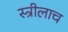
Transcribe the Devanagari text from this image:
स्त्रीलाच